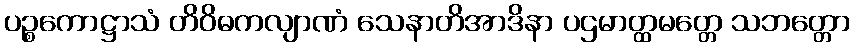
ပဉ္စကောဋ္ဌာသံ တိဝိဓကလျာဏံ သေနာတိအာဒိနာ ပဌမာတ္ထမတ္တေ သဘတ္တော